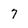
Character: 7